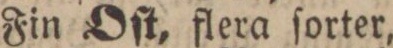
Fin Oſt, flera ſorter,